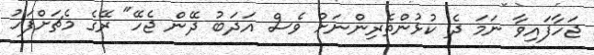
ޖަހާފައިވާ ނަމަ ދެ ކުޅުންތެރިންނަށް ވެސް އަދަބު ދޭން ޖެހޭ" ރޭގެ މެޗަށްފަހު